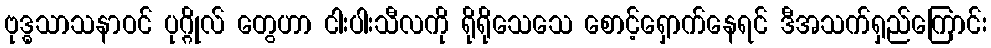
ဗုဒ္ဓသာသနာဝင် ပုဂ္ဂိုလ် တွေဟာ ငါးပါးသီလကို ရိုရိုသေသေ စောင့်ရှောက်နေရင် ဒီအသက်ရှည်ကြောင်း